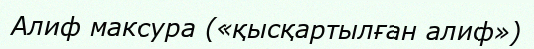
Алиф максура («қысқартылған алиф»)